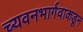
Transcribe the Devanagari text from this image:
च्यवनभार्गवाकडून